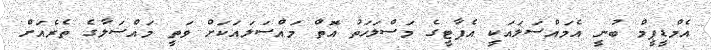
އެމްޑީޕީމް ބުނީ އެމައްސަލައަކީ އެޕާޓީގެ މަސްލަހަތު އޮތް މައްސަލައަކަށް ވަތީ މައްސަލާގެ ތެރެއަށް